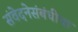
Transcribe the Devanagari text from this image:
संवेदनेसंबंधीचा